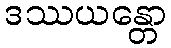
ဒဿယန္တော